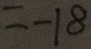
= - 1 8